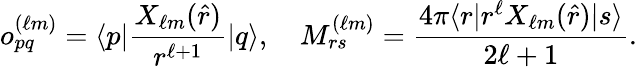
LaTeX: o_{pq}^{(\ell m)}=\langle p|\frac{X_{\ell m}(\hat{r})}{r^{\ell+1}}|q\rangle,\quad M_{rs}^{(\ell m)}=\frac{4\pi\langle r|r^{\ell}X_{\ell m}(\hat{r})|s\rangle}{2\ell+1}.